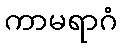
ကာမရာဂံ